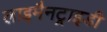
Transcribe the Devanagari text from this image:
लाइमैनट्राइडी